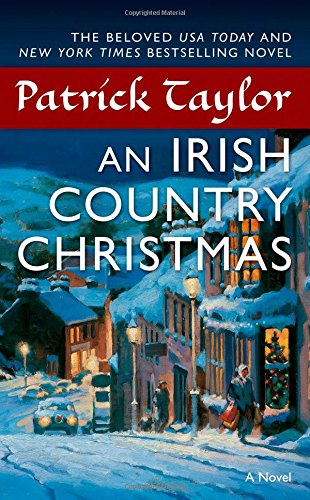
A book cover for An Irish Country Christmas (Irish Country Books); Patrick Taylor; Literature & Fiction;